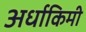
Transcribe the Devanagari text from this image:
अर्धाकिमी